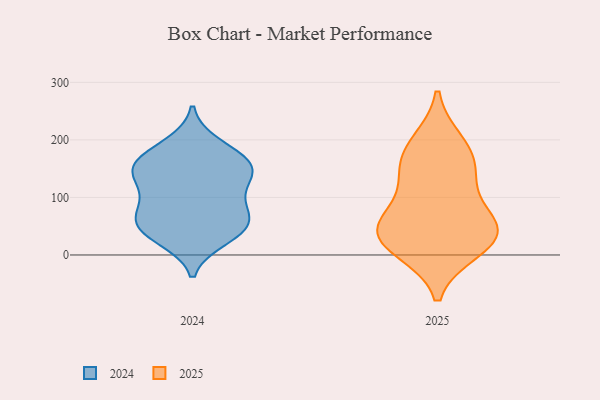
{"axis": {"x": "Conversion Rate (%)", "y": "Value"}, "legend": ["2024", "2025"], "data": [{"x": "", "y": 153, "type": "2024"}, {"x": "", "y": 150, "type": "2024"}, {"x": "", "y": 110, "type": "2024"}, {"x": "", "y": 79, "type": "2024"}, {"x": "", "y": 53, "type": "2024"}, {"x": "", "y": 148, "type": "2024"}, {"x": "", "y": 179, "type": "2024"}, {"x": "", "y": 192, "type": "2024"}, {"x": "", "y": 35, "type": "2024"}, {"x": "", "y": 62, "type": "2024"}, {"x": "", "y": 68, "type": "2024"}, {"x": "", "y": 46, "type": "2024"}, {"x": "", "y": 109, "type": "2024"}, {"x": "", "y": 146, "type": "2024"}, {"x": "", "y": 154, "type": "2024"}, {"x": "", "y": 28, "type": "2024"}, {"x": "", "y": 24, "type": "2025"}, {"x": "", "y": 175, "type": "2025"}, {"x": "", "y": 62, "type": "2025"}, {"x": "", "y": 32, "type": "2025"}, {"x": "", "y": 125, "type": "2025"}, {"x": "", "y": 11, "type": "2025"}, {"x": "", "y": 46, "type": "2025"}, {"x": "", "y": 194, "type": "2025"}, {"x": "", "y": 49, "type": "2025"}, {"x": "", "y": 147, "type": "2025"}]}